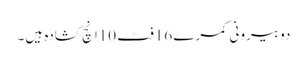
دو بیرونی کمرے 16فٹ 10انچ کشادہ ہیں۔